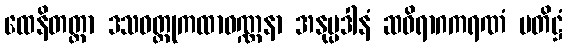
ထေနိတတ္တာ ဒသဝတ္ထုကထာဝဏ္ဏနာ အနုပ္ပဒါနံ ဆဝိရာဂကရဏံ ပတိဋ္ဌံ